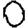
Digit: 0